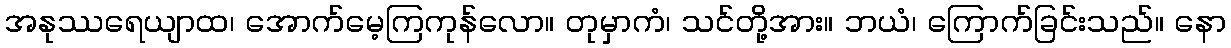
အနုဿရေယျာထ၊ အောက်မေ့ကြကုန်လော။ တုမှာကံ၊ သင်တို့အား။ ဘယံ၊ ကြောက်ခြင်းသည်။ နော